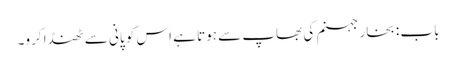
باب : بخار جہنم کی بھاپ سے ہوتا ہے اس کو پانی سے ٹھنڈا کرو۔